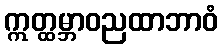
ဣတ္ထမ္ဘာဝညထာဘာဝံ